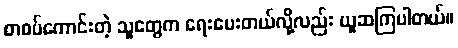
စာစပ်ကောင်းတဲ့ သူတွေက ရေးပေးတယ်လို့လည်း ယူဆကြပါတယ်။